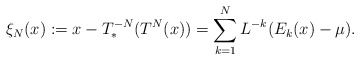
\begin{align*} \xi_N(x) := x - T_*^{-N} ( T^N(x) ) = \sum_{k=1}^{N} L^{-k} ( E_k(x) - \mu ).\end{align*}